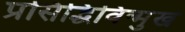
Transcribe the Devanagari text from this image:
प्रसिद्धिविन्मुख